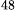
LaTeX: ^\textrm{\scriptsize 48}